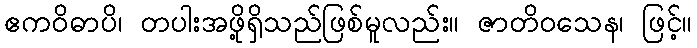
ဧကဝိဓာပိ၊ တပါးအဖို့ရှိသည်ဖြစ်မူလည်း။ ဇာတိဝသေန၊ ဖြင့်။